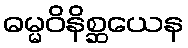
ဓမ္မဝိနိစ္ဆယေန